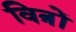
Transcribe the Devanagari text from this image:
वित्रों